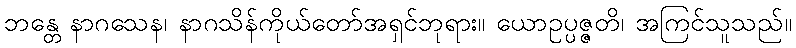
ဘန္တေ နာဂသေန၊ နာဂသိန်ကိုယ်တော်အရှင်ဘုရား။ ယောဥပ္ပဇ္ဇတိ၊ အကြင်သူသည်။